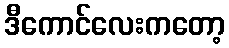
ဒီကောင်လေးကတော့